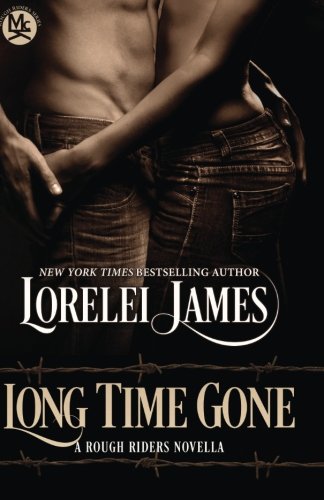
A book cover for Long Time Gone (Roug Riders); Lorelei James; Romance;